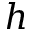
\boldsymbol { h }